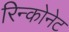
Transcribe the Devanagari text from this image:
रिन्कोनेट